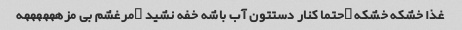
غذا خشکه خشکه …حتما کنار دستتون آب باشه خفه نشید …مرغشم بی مزههههههه